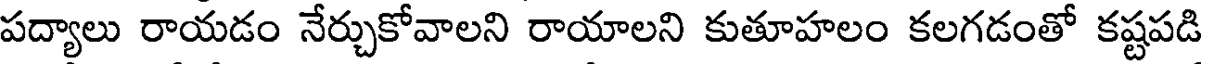
పద్యాలు రాయడం నేర్చుకోవాలని రాయాలని కుతూహలం కలగడంతో కష్టపడి